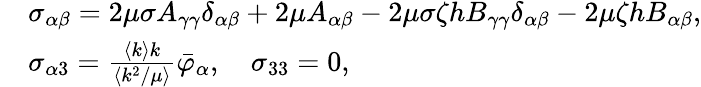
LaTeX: \begin{array}{rl}&{\sigma_{\alpha\beta}=2\mu\sigma A_{\gamma\gamma}\delta_{\alpha\beta}+2\mu A_{\alpha\beta}-2\mu\sigma\zeta hB_{\gamma\gamma}\delta_{\alpha\beta}-2\mu\zeta hB_{\alpha\beta},}\\ &{\sigma_{\alpha 3}=\frac{\langle k\rangle k}{\langle k^{2}/\mu\rangle}\bar{\varphi}_{\alpha},\quad\sigma_{33}=0,}\end{array}